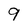
Character: 9